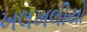
ખલખલીયો